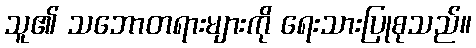
သူ၏ သဘောတရားများကို ရေးသားပြုစုသည်။